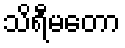
သိရီမတော